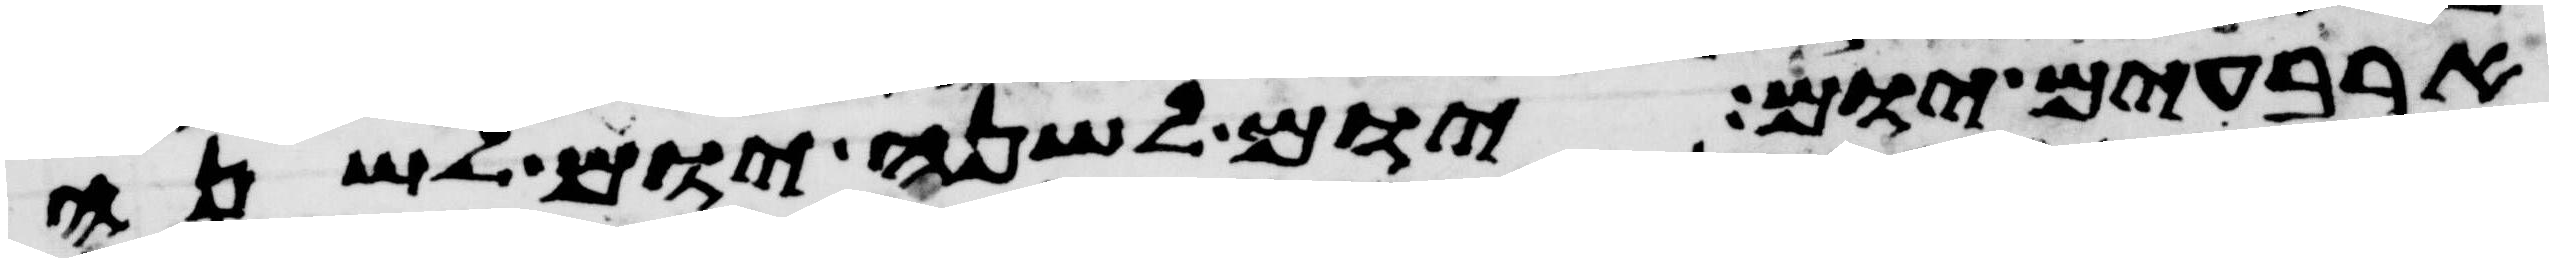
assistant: ארבעים יום יום לשנה יום לשנה